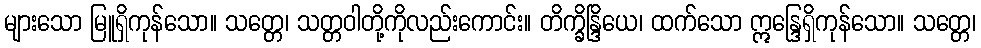
များသော မြူရှိကုန်သော။ သတ္တေ၊ သတ္တဝါတို့ကိုလည်းကောင်း။ တိက္ခိန္ဒြိယေ၊ ထက်သော ဣန္ဒြေရှိကုန်သော။ သတ္တေ၊